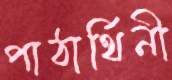
পাঠার্থিনী